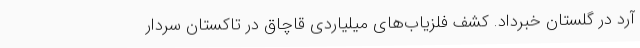
آرد در گلستان خبرداد. کشف فلزیاب‌های میلیاردی قاچاق در تاکستان سردار